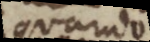
quando